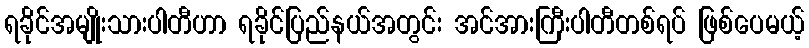
ရခိုင်အမျိုးသားပါတီဟာ ရခိုင်ပြည်နယ်အတွင်း အင်အားကြီးပါတီတစ်ရပ် ဖြစ်ပေမယ့်